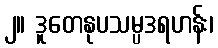
၂။ ဒူတေနုပသမ္ပဒရဟန်း၊